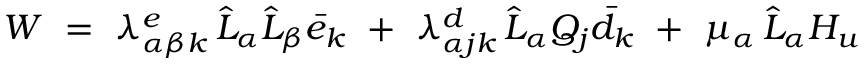
W \ = \ \lambda _ { \alpha \beta k } ^ { e } \, \hat { L } _ { \alpha } \hat { L } _ { \beta } \bar { e } _ { k } \ + \ \lambda _ { \alpha j k } ^ { d } \, \hat { L } _ { \alpha } Q _ { j } \bar { d } _ { k } \ + \ \mu _ { \alpha } \, \hat { L } _ { \alpha } H _ { u }